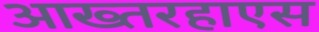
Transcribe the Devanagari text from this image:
आख्तरहाएस